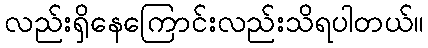
လည်းရှိနေကြောင်းလည်းသိရပါတယ်။